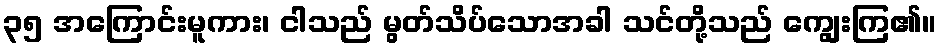
၃၅ အကြောင်းမူကား၊ ငါသည် မွတ်သိပ်သောအခါ သင်တို့သည် ကျွေးကြ၏။